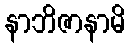
နာဘိဇာနာမိ